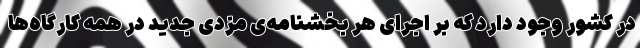
در کشور وجود دارد که بر اجرای هر بخشنامه‌ی مزدی جدید در همه کارگاه‌ها